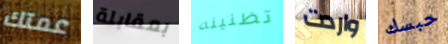
عمتك بمقابلة تظنينه واردت حبسك